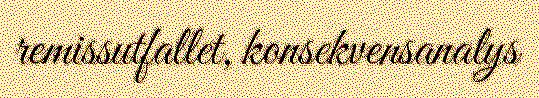
remissutfallet, konsekvensanalys